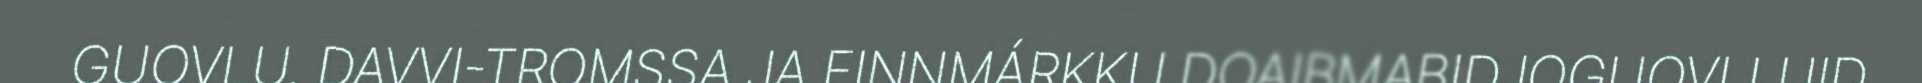
GUOVLU. DAVVI-TROMSSA JA FINNMÁRKKU DOAIBMABIDJOGUOVLLUID